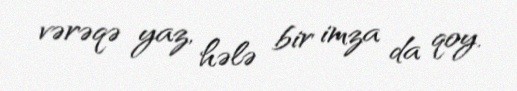
vərəqə yaz, hələ bir imza da qoy.